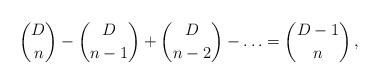
LaTeX: \begin{align*}{D\choose n} - {D \choose n-1} + {D \choose n-2} - \ldots = {D-1\choose n}\,, \end{align*}